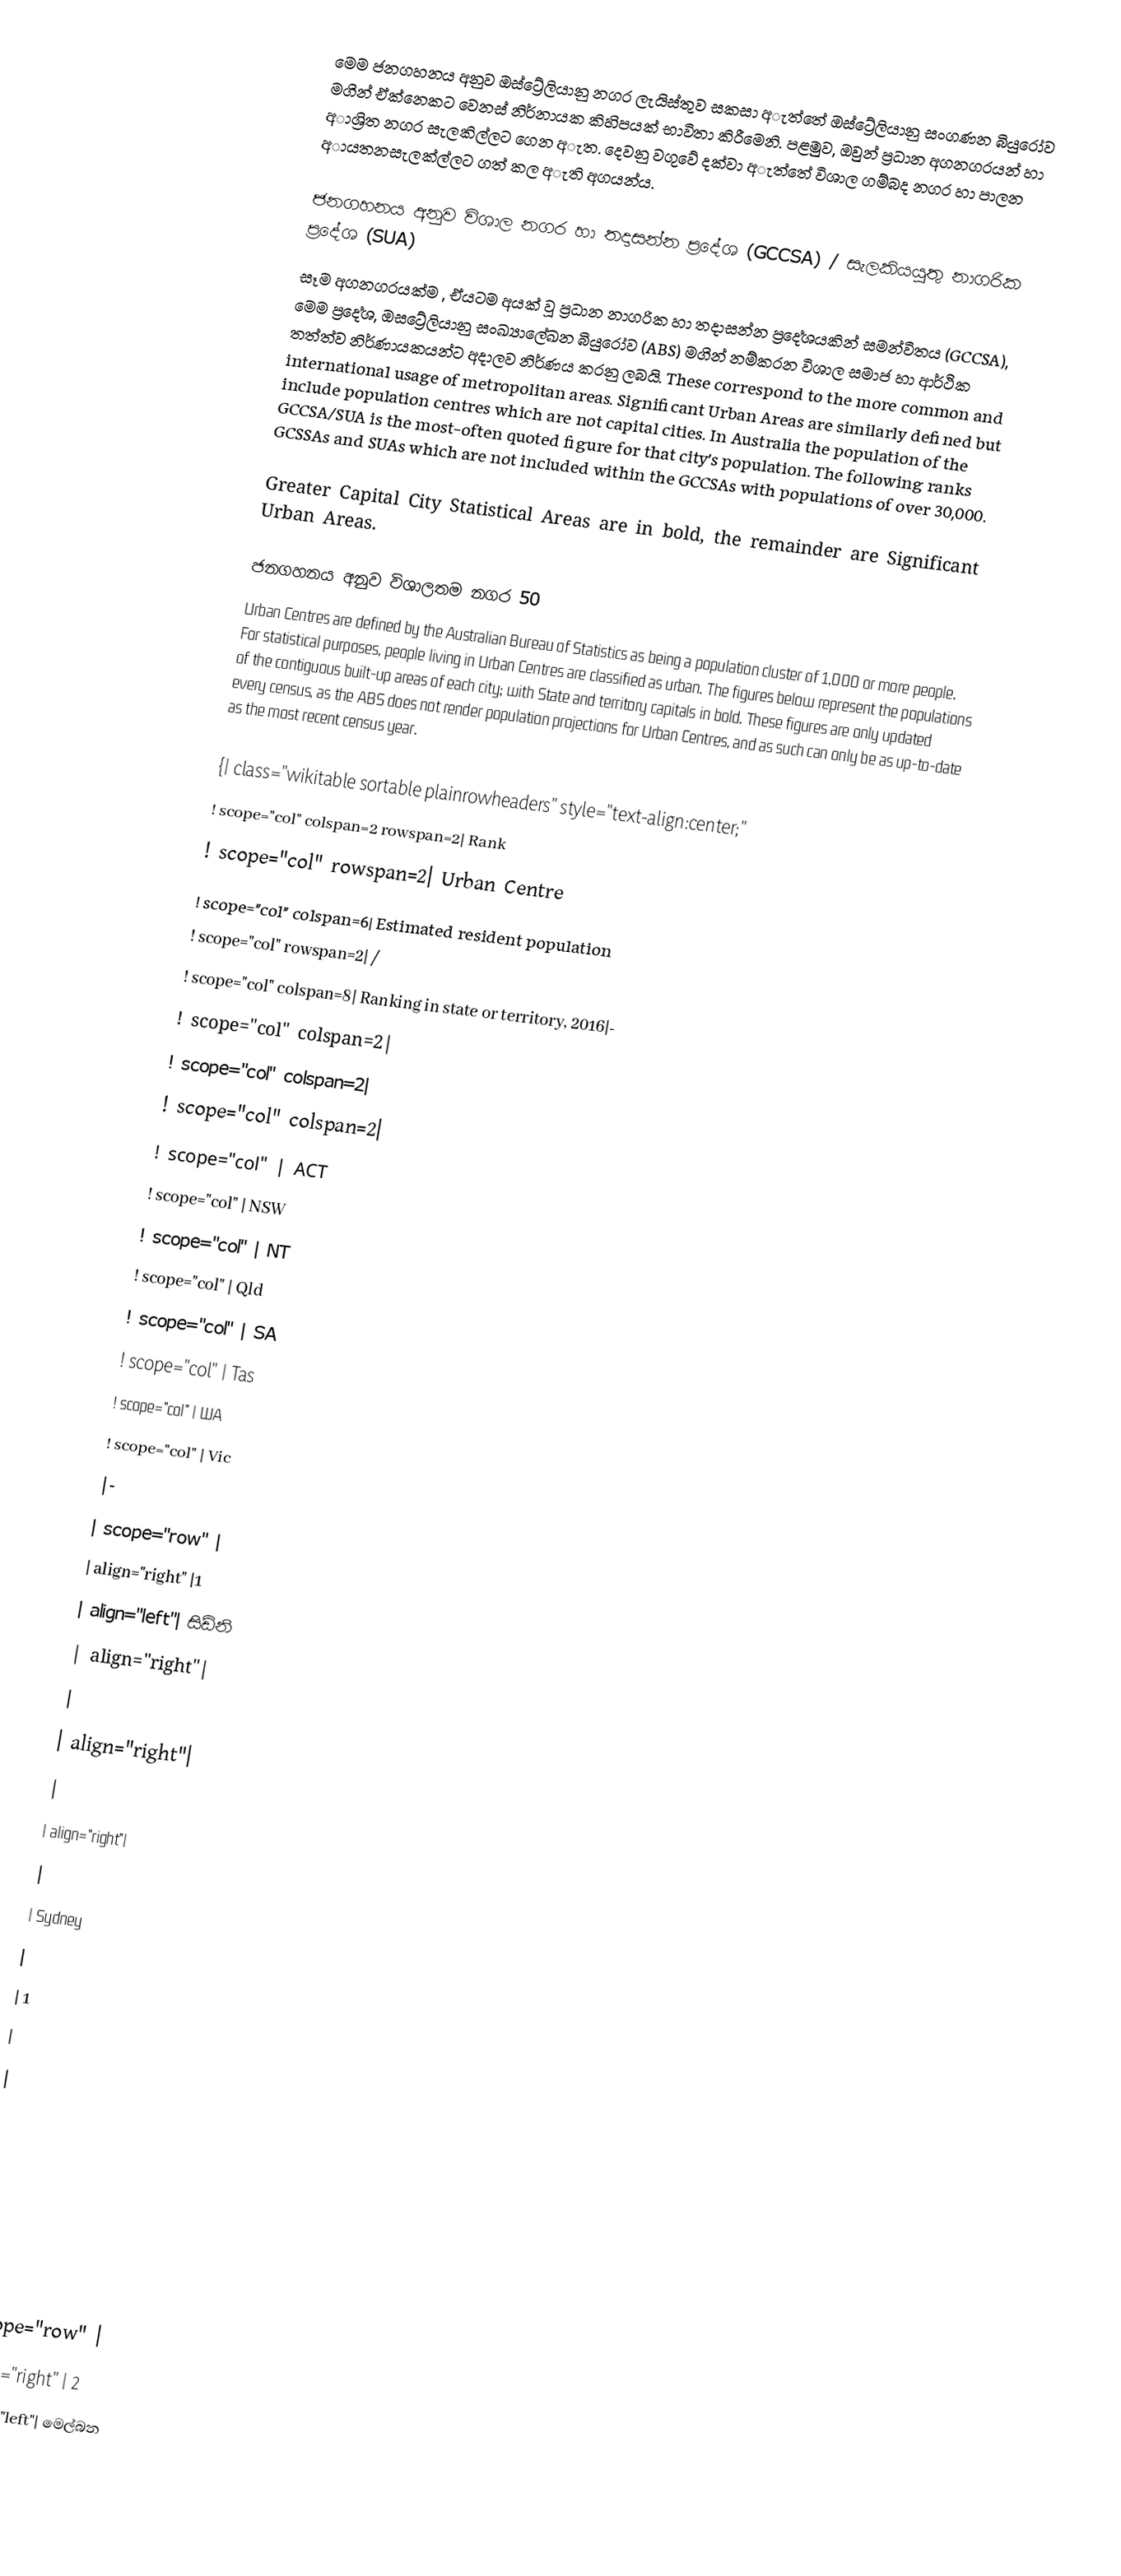
මෙම ජනගහනය අනුව ඔස්ට්‍රේලියානු නගර ලැයිස්තුව සකසා අැත්තේ ඔස්ට්‍රේලියානු සංගණන බියුරෝව මගින් ඒක්නෙකට වෙනස් නිර්නායක කිහිපයක් භාවිතා කිරීමෙනි. පළමුව, ඔවුන් ප්‍රධාන අගනගරයන් හා අාශ්‍රිත නගර සැලකිල්ලට ගෙන අැත. දෙවනු වගුවේ දක්වා අැත්තේ විශාල ගම්බද නගර හා පාලන අායතනසැලක්ල්ලට ගත් කල අැති අගයන්ය.

ජනගහනය අනුව විශාල නගර හා තදාසන්න ප්‍රදේශ (GCCSA) / සැලකියයුතු නාගරික ප්‍රදේශ (SUA)
සෑම අගනගරයක්ම , ඒයටම අයක් වූ ප්‍රධාන නාගරික හා තදාසන්න ප්‍රද‌ේශයකින් සමන්විතය (GCCSA), මෙම ප්‍රද‌ේශ,   ඔසට්‍රේලියානු සංඛ්‍යාලේඛන බියුර‌ෝව  (ABS) මගින් නම්කරන විශාල සමාජ හා ආර්ථික තත්ත්ව නිර්ණායකයන්ට අදාලව නිර්ණය කරනු ලබයි. These correspond to the more common and international usage of metropolitan areas. Significant Urban Areas are similarly defined but include population centres which are not capital cities. In Australia the population of the GCCSA/SUA is the most-often quoted figure for that city's population. The following ranks GCSSAs and SUAs which are not included within the GCCSAs with populations of over 30,000.

Greater Capital City Statistical Areas are in bold, the remainder are Significant Urban Areas.

ජනගහනය අනුව විශාලතම නගර 50
Urban Centres are defined by the Australian Bureau of Statistics as being a population cluster of 1,000 or more people. For statistical purposes, people living in Urban Centres are classified as urban. The figures below represent the populations of the contiguous built-up areas of each city; with State and territory capitals in bold. These figures are only updated every census, as the ABS does not render population projections for Urban Centres, and as such can only be as up-to-date as the most recent census year.

{| class="wikitable sortable plainrowheaders" style="text-align:center;"
! scope="col" colspan=2 rowspan=2| Rank
! scope="col" rowspan=2| Urban Centre
! scope="col" colspan=6| Estimated resident population
! scope="col" rowspan=2| /
! scope="col" colspan=8| Ranking in state or territory, 2016|-
! scope="col" colspan=2|
! scope="col" colspan=2|
! scope="col" colspan=2|
! scope="col" | ACT
! scope="col" | NSW
! scope="col" | NT
! scope="col" | Qld
! scope="col" | SA
! scope="col" | Tas
! scope="col" | WA
! scope="col" | Vic
|-
| scope="row" |
| align="right" |1
| align="left"| සිඩ්නි
| align="right"|
|
| align="right"|
|
| align="right"|
|
| Sydney
|
| 1
|
|
|
|
|
|
|-
| scope="row" |
| align="right" | 2
| align="left"| ම‌ෙල්බන